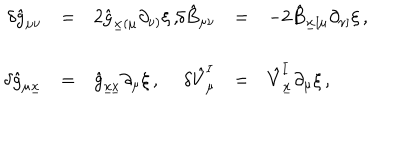
LaTeX: \begin{array} { r c l r c l } { { \delta \hat { g } _ { \mu \nu } } } & { { = } } & { { 2 \hat { g } _ { \underline { { { x } } } ( \mu } \partial _ { \nu ) } \xi \, , \hspace { 1 . 2 c m } } } & { { \delta \hat { B } _ { \mu \nu } } } & { { = } } & { { - 2 \hat { B } _ { \underline { { { x } } } [ \mu } \partial _ { \nu ] } \xi \, , } } \\ { { } } & { { } } & { { } } & { { } } & { { } } & { { } } \\ { { \delta \hat { g } _ { \mu \underline { { { x } } } } } } & { { = } } & { { \hat { g } _ { \underline { { { x x } } } } \partial _ { \mu } \xi \, , } } & { { \delta \hat { V } _ { \mu } ^ { I } } } & { { = } } & { { \hat { V } _ { \underline { { { x } } } } ^ { I } \partial _ { \mu } \xi \, , } } \\ \end{array}